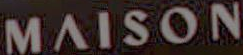
MAISON